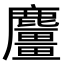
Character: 麠